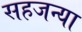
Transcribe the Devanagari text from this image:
सहजन्या